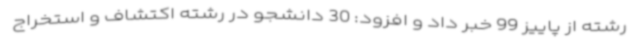
رشته از پاییز 99 خبر داد و افزود: 30 دانشجو در رشته اکتشاف و استخراج